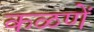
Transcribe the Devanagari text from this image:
कळणें